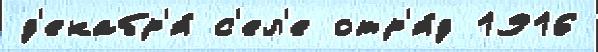
д'екабр'я́ с'ел'е отр'я́д 1916